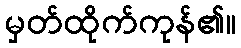
မှတ်ထိုက်ကုန်၏။